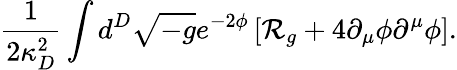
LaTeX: {\frac{1}{2\kappa_{D}^{2}}}\int d^{D}\sqrt{-g}e^{-2\phi}\left[{\cal R}_{g}+4\partial_{\mu}\phi\partial^{\mu}\phi\right].